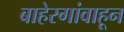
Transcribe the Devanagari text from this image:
बाहेरगांवाहून